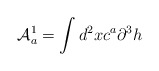
\begin{align*}{\cal{A}}_a^1=\int d^2x c^a \partial^3 h\end{align*}